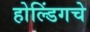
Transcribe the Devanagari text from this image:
होल्डिंगचे